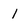
Character: 1